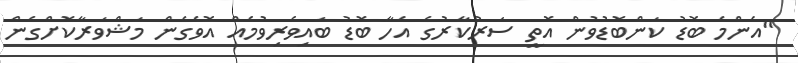
"އެންމެ ބޮޑު ކަންބޮޑުވުން އޮތީ ސަރުކާރުގެ އެހާ ބޮޑު ބައިވެރިވުމެއް އޮވެގެން މަޝްވަރާކޮށްގެން